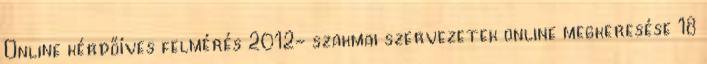
Online kérdőíves felmérés 2012- szakmai szervezetek online megkeresése 18